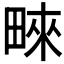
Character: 𤲓